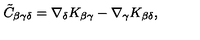
\tilde { C } _ { \beta \gamma \delta } = \nabla _ { \delta } K _ { \beta \gamma } - \nabla _ { \gamma } K _ { \beta \delta } ,